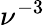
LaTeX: \nu^{-3}